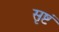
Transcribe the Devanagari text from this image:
सृष्टं